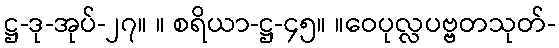
ဋ္ဌ-ဒု-အုပ်-၂၇။ ။ စရိယာ-ဋ္ဌ-၄၅။ ။ဝေပုလ္လပဗ္ဗတသုတ်-